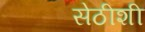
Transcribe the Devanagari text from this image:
सेठीशी